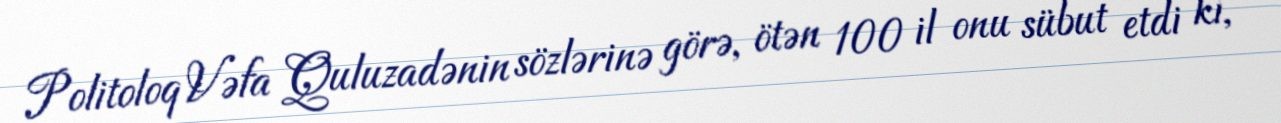
Politoloq Vəfa Quluzadənin sözlərinə görə, ötən 100 il onu sübut etdi ki,